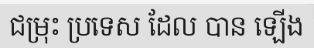
ជម្រុះ ប្រទេស ដែល បាន ឡើង